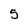
Character: 5